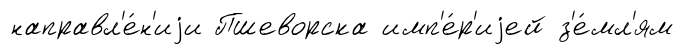
направл'е́н'иjи Пшеворска имп'е́р'иjей з'е́мл'ям